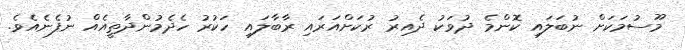
މޫސުމަކަށް ނުބަލައި ކޮންމެ ދުވަކު ދެއިރު ރުކަށްއަރައި ރާބާލައި ހަކުރު ހެދެމުންދާތީއެއް ނުފެނެއެވެ.